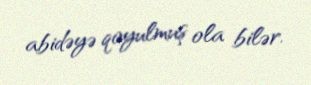
abidəyə qoyulmuş ola bilər.